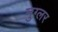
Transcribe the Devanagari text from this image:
मुग्लर